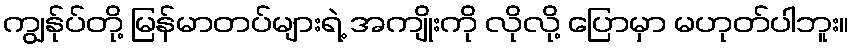
ကျွန်ုပ်တို့ မြန်မာတပ်များရဲ့ အကျိုးကို လိုလို့ ပြောမှာ မဟုတ်ပါဘူး။